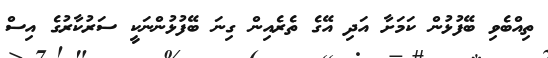
ތިއްބެވި ބޭފުޅުން ކަމަށާ އަދި އޭގެ ތެރެއިން ގިނަ ބޭފުޅުންނަކީ ސަރުކާރުގެ އިސް